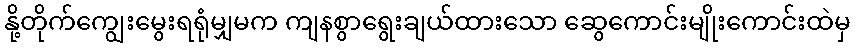
နို့တိုက်ကျွေးမွေးရရုံမျှမက ကျနစွာရွေးချယ်ထားသော ဆွေကောင်းမျိုးကောင်းထဲမှ